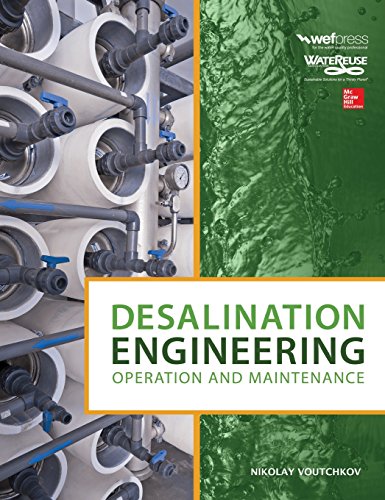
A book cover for Desalination Engineering: Operation and Maintenance; Nikolay Voutchkov; Science & Math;